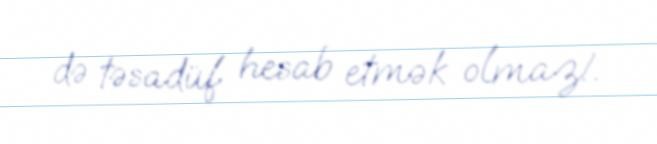
də təsadüf hesab etmək olmaz!.